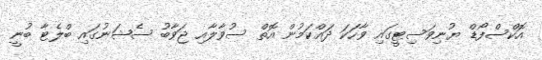
އޮކްސްފޯޑް ޔުނިވަސިޓީގައި ވާހަކަ ދައްކަމުން އޮތް ސުވާލާއި ޖަވާބު ސެޝަނުގައި ބްލެޓާ ބުނީ